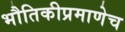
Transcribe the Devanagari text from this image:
भौतिकीप्रमाणेच